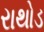
રાથોડ